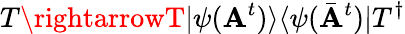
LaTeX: T\rightarrowT|\psi(\mathbf{A}^{t})\rangle\langle\psi(\bar{{\mathbf{A}}}^{t})|T^{\dagger}